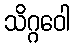
သိဂ္ဂဝေါ